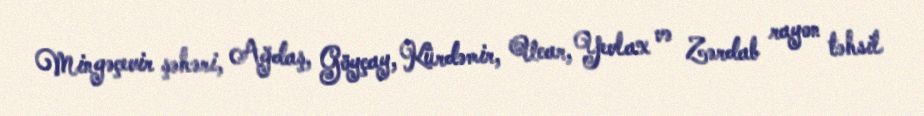
Mingəçevir şəhəri, Ağdaş, Göyçay, Kürdəmir, Ucar, Yevlax və Zərdab rayon təhsil